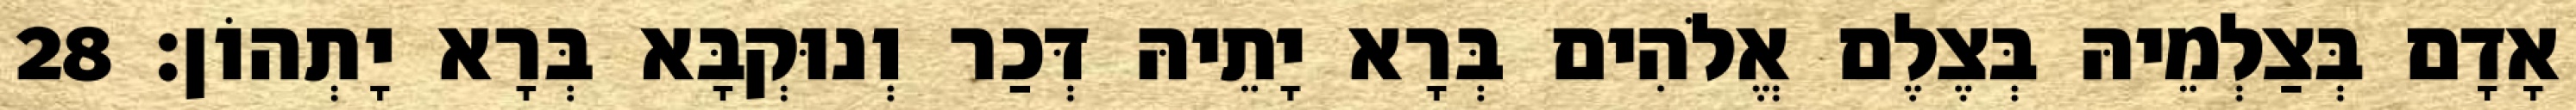
אָדָם בְּצַלְמֵיהּ בְּצֶלֶם אֱלֹהִים בְּרָא יָתֵיהּ דְּכַר וְנוּקְבָּא בְּרָא יָתְהוֹן׃ 28